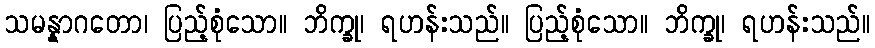
သမန္နာဂတော၊ ပြည့်စုံသော။ ဘိက္ခု၊ ရဟန်းသည်။ ပြည့်စုံသော။ ဘိက္ခု၊ ရဟန်းသည်။